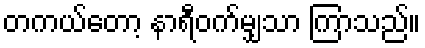
တကယ်တော့ နာရီဝက်မျှသာ ကြာသည်။